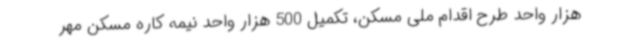
هزار واحد طرح اقدام ملی مسکن، تکمیل 500 هزار واحد نیمه کاره مسکن مهر